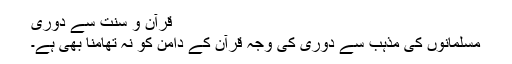
قرآن و سنت سے دوری
مسلمانوں کی مذہب سے دوری کی وجہ قرآن کے دامن کو نہ تھامنا بھی ہے۔